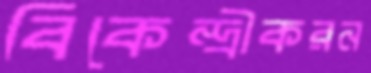
বিকেন্দ্রীকরন